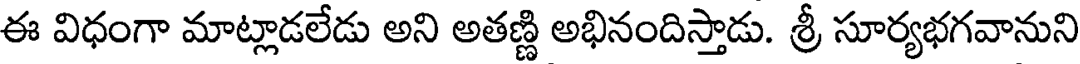
ఈ విధంగా మాట్లాడలేడు అని అతణ్ణి అభినందిస్తాడు. శ్రీ సూర్యభగవానుని